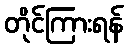
တိုင်ကြားရန်